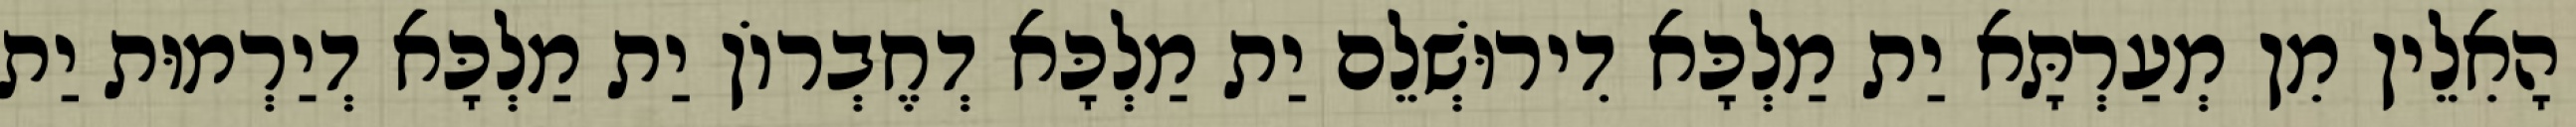
הָאִלֵין מִן מְעַרְתָּא יַת מַלְכָּא דִירוּשְׁלֵם יַת מַלְכָּא דְחֶבְרוֹן יַת מַלְכָּא דְיַרְמוּת יַת